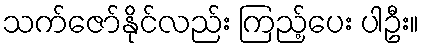
သက်ဇော်နိုင်လည်း ကြည့်ပေး ပါဦး။